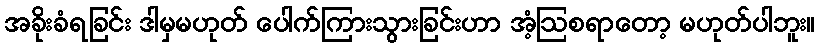
အခိုးခံရခြင်း ဒါမှမဟုတ် ပေါက်ကြားသွားခြင်းဟာ အံ့ဩစရာတော့ မဟုတ်ပါဘူး။